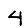
Digit: 4